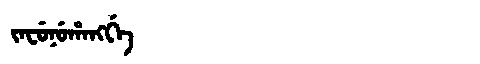
Manchu: ᠵᠠᠸᡠᠨᡠᡥᠠᠩᡤᡝ
Romanization: JAFUNUHANGGE